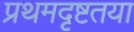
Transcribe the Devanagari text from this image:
प्रथमदृष्टतया